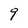
Character: 9